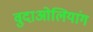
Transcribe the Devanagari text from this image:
वुदाओलियांग